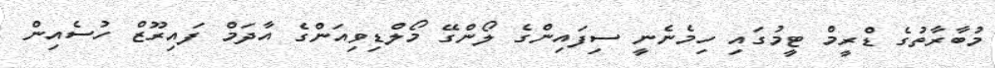
މުބާރާތުގެ ޑްރީމް ޓީމުގައި ހިމެނެނީ ސިފައިންގެ ލޯންގޭ މޯލްޑިވިއަންގެ އާދަމް ފައިރޫޒް ހުސެއިން